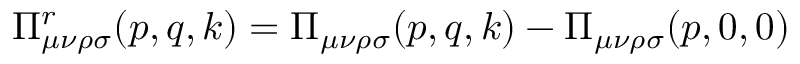
\Pi _ { \mu \nu \rho \sigma } ^ { r } ( p , q , k ) = \Pi _ { \mu \nu \rho \sigma } ( p , q , k ) - \Pi _ { \mu \nu \rho \sigma } ( p , 0 , 0 )